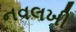
નવલખી